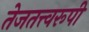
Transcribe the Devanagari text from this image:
तेजतत्त्वरूपी